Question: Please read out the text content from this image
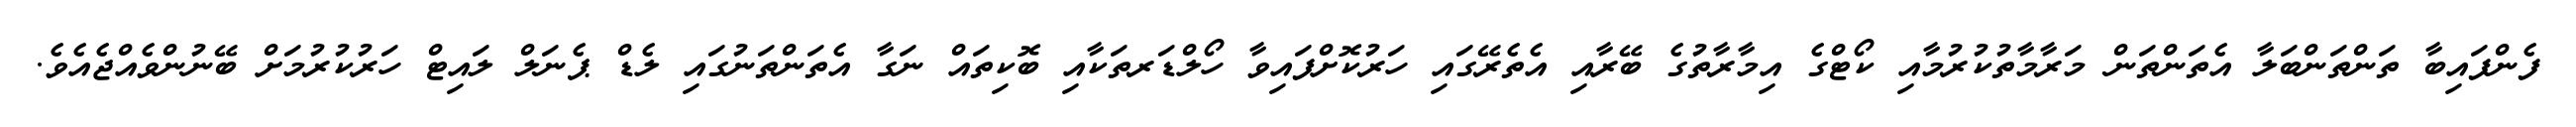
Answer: ފެންފައިބާ ތަންތަންބަލާ އެތަންތަން މަރާމާތުކުރުމާއި ކޯޓްގެ އިމާރާތުގެ ބޭރާއި އެތެރޭގައި ހަރުކޮށްފައިވާ ހޯލްޑަރތަކާއި ބޮކިތައް ނަގާ އެތަންތަނުގައި ލެޑް ޕެނަލް ލައިޓް ހަރުކުރުމަށް ބޭނުންވެއްޖެއެވެ.